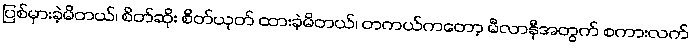
ပြစ်မှားခဲ့မိတယ်၊ စိတ်ဆိုး စိတ်ယုတ် ထားခဲ့မိတယ်၊ တကယ်ကတော့ မီလာနီအတွက် စကားလက်